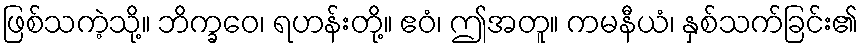
ဖြစ်သကဲ့သို့။ ဘိက္ခဝေ၊ ရဟန်းတို့။ ဧဝံ၊ ဤအတူ။ ကမနီယံ၊ နှစ်သက်ခြင်း၏